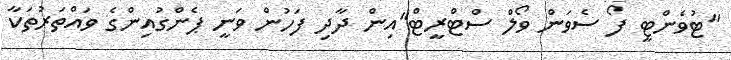
"ޓުވެންޓީ ފޯ ސެވަން ވޯލް ސްޓްރީޓް"އިން ދާދި ފަހުން ވަނީ ޕެންގުއިންގެ ވައްތަރުތަކާ